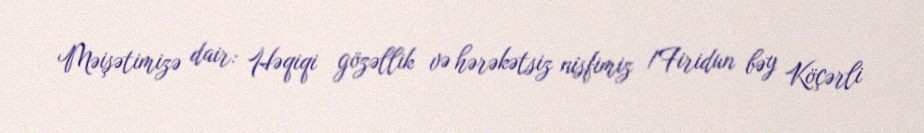
Məişətimizə dair: Həqiqi gözəllik və hərəkətsiz nisfimiz /Firidun bəy Köçərli